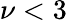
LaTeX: \nu<3